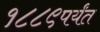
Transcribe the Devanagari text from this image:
१८८९पर्यंत